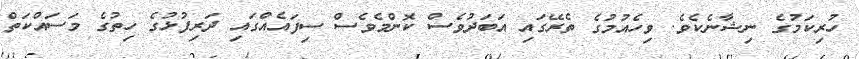
ހުރިކަމުގެ ނިޝާނެކެވެ. ވިހެއުމުގެ ތެރޭގައި އަބަދުވެސް ކޮންމެވެސް ސިފައެއްގައި ދަރިފުޅުގެ ހިތުގެ މަސައްކަތް